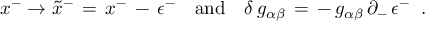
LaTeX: x ^ { - } \rightarrow \tilde { x } ^ { - } \, = \, x ^ { - } \, - \, \epsilon ^ { - } \quad \mathrm { a n d } \quad \delta \, g _ { \alpha \beta } \, = \, - \, g _ { \alpha \beta } \, \partial _ { - } \, \epsilon ^ { - } \; \; .